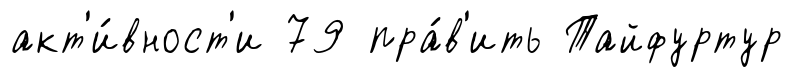
акт'и́вност'и 79 пра́в'ить Тайфуртур